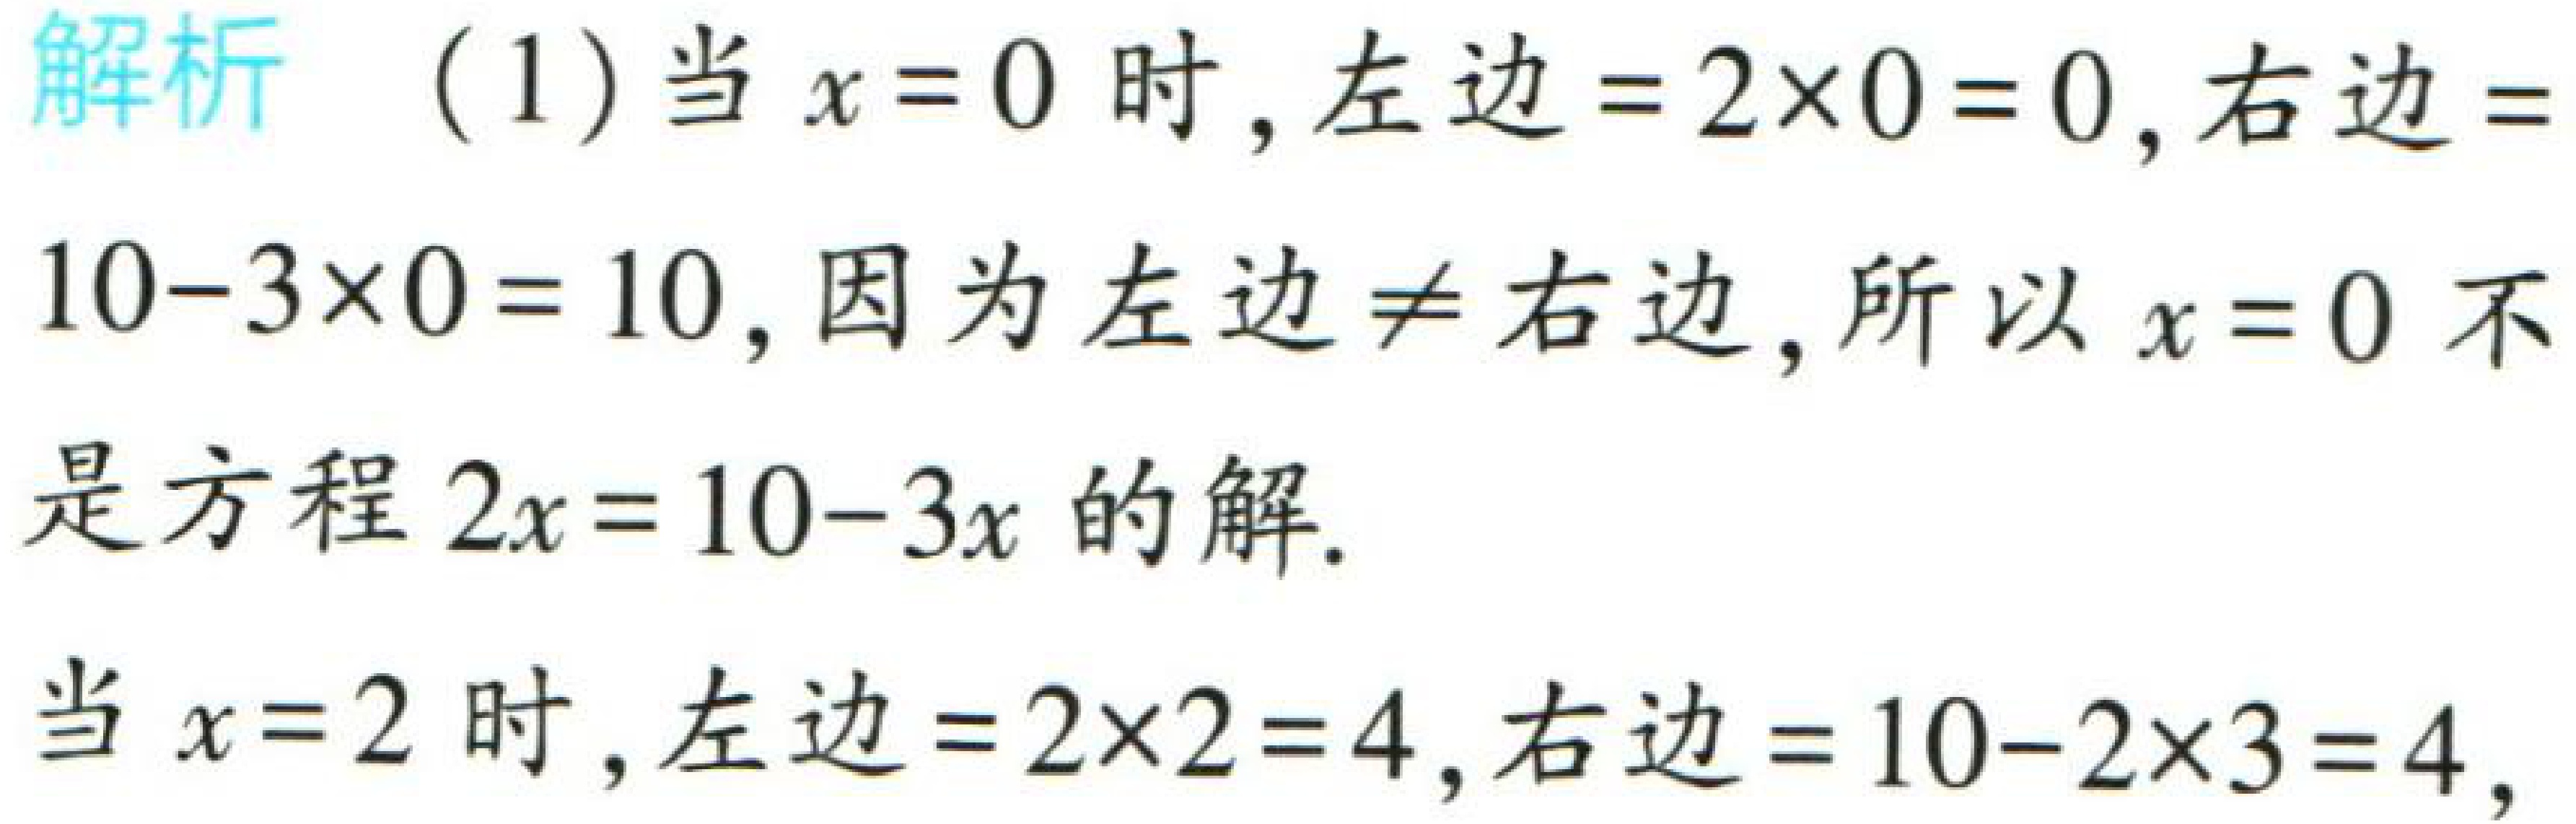
解析 （1）当 \(x = 0\) 时，左边 \(= 2\times0 = 0\)，右边 \(=10 - 3\times0 = 10\)，因为左边 \(\neq\) 右边，所以 \(x = 0\) 不是方程 \(2x = 10 - 3x\) 的解.

当 \(x = 2\) 时，左边 \(= 2\times2 = 4\)，右边 \(= 10 - 2\times3 = 4\)，